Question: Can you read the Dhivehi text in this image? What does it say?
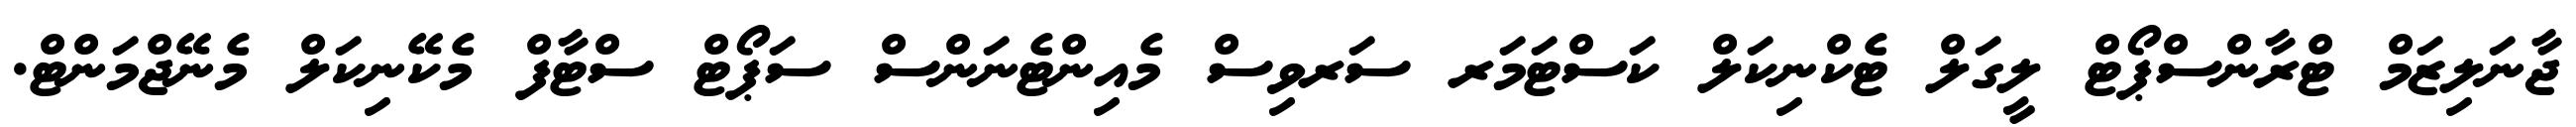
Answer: ޖާނަލިޒަމް ޓްރާންސްޕޯޓް ލީގަލް ޓެކްނިކަލް ކަސްޓަމަރ ސަރވިސް މެއިންޓެނަންސް ސަޕޯޓް ސްޓާފް މެކޭނިކަލް މެނޭޖްމަންޓް.